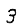
Digit: 3